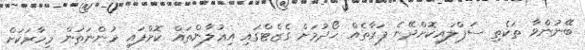
ބޭނުންވާ ތަކެތި ސަޕްލައިކޮށްދޭނެ ފަރާތެއް ހޯދުމަށް ގެޒެޓްގައި އިޢުލާންތައް ކޮށްފައި ހުންނަތަން މިހާރަކަށް